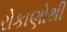
રોકાણોથી